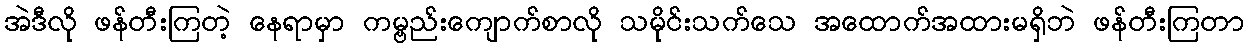
အဲဒီလို ဖန်တီးကြတဲ့ နေရာမှာ ကမ္ဗည်းကျောက်စာလို သမိုင်းသက်သေ အထောက်အထားမရှိဘဲ ဖန်တီးကြတာ